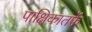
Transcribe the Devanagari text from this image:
पाक्षिकातर्फे